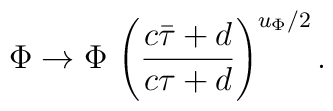
{\Phi \to \Phi \, \left({c\bar \tau + d \over c\tau +d}\right)^{u_\Phi/2}.}